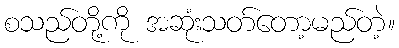
စသည်တို့ကို အဆုံးသတ်တော့မည်တဲ့။